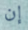
إن